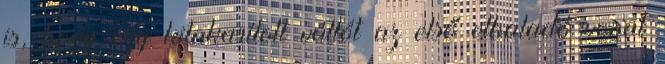
is, hogy egy kitakarított váltót az első elhaladó vonat